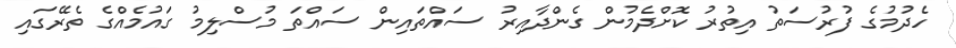
ހެދުމުގެ ފުރުސަތު އިތުރު ކޮށްދެމުން ގެންދާއިރު ސައްތައިން ސައްތަ މުސްލިމު ގައުމެއްގެ ތެރޭގައި